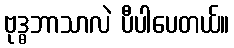
ဗုဒ္ဓဘာသာလဲ ပီပါပေတယ်။